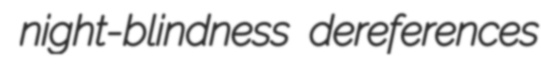
night-blindness dereferences